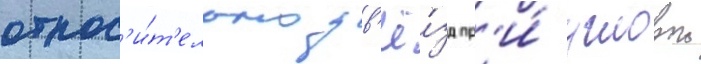
относ'и́т'ельно зв'ё́зд пр'и́ угловои